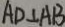
A D \bot A B